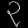
Digit: ၃